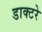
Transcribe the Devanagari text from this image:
डाक्टरे